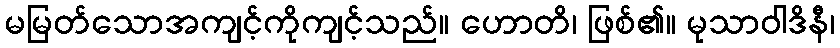
မမြတ်သောအကျင့်ကိုကျင့်သည်။ ဟောတိ၊ ဖြစ်၏။ မုသာဝါဒိနီ၊